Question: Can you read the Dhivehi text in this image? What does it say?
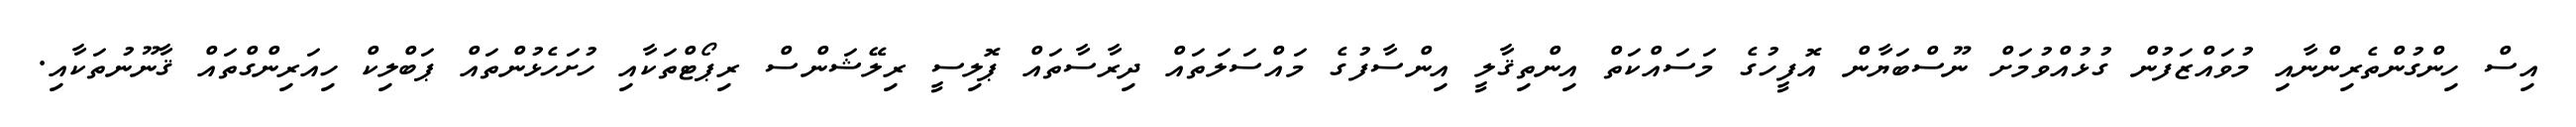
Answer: އިސް ހިންގުންތެރިންނާއި މުވައްޒަފުން ގުޅުއްވުމަށް ނޫސްބަޔާން އޮފީހުގެ މަސައްކަތް އިންތިޤާލީ އިންސާފުގެ މައްސަލަތައް ދިރާސާތައް ޕޮލިސީ ރިލޭޝަންސް ރިޕޯޓްތަކާއި ހުށަހެޅުންތައް ޕަބްލިކް ހިއަރިންގްތައް ޤާނޫނުތަކާއި.